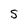
Character: s